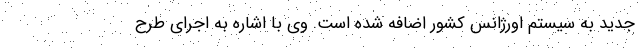
جدید به سیستم اورژانس کشور اضافه شده است. وی با اشاره به اجرای طرح